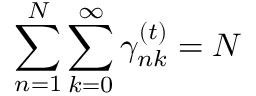
\sum _ { n = 1 } ^ { N } \sum _ { k = 0 } ^ { \infty } \gamma _ { n k } ^ { ( t ) } = N